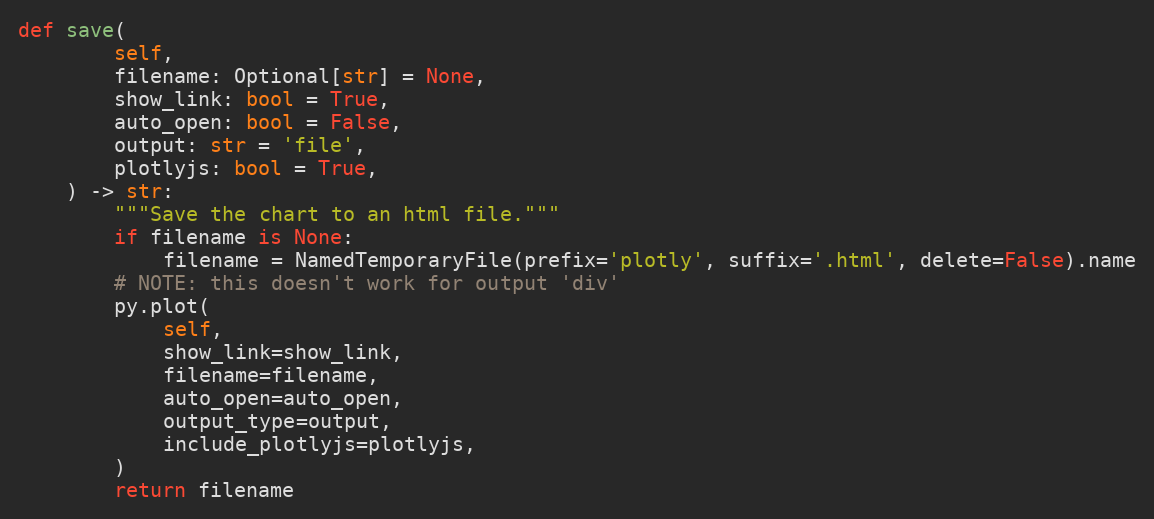
Language: Python
def save(
        self,
        filename: Optional[str] = None,
        show_link: bool = True,
        auto_open: bool = False,
        output: str = 'file',
        plotlyjs: bool = True,
    ) -> str:
        """Save the chart to an html file."""
        if filename is None:
            filename = NamedTemporaryFile(prefix='plotly', suffix='.html', delete=False).name
        # NOTE: this doesn't work for output 'div'
        py.plot(
            self,
            show_link=show_link,
            filename=filename,
            auto_open=auto_open,
            output_type=output,
            include_plotlyjs=plotlyjs,
        )
        return filename